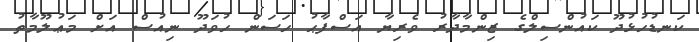
ކަނޑުހުޅުދޫ ކައުންސިލްގެ ޒިންމާދާރު ވެރިޔާ އަސްފާޙު ހަސަން ހުވަދޫ ނިއުސް އަށް މަޢުލޫމާތު